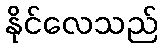
နိုင်လေသည်